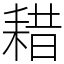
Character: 耤